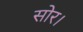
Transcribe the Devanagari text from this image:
सोर।